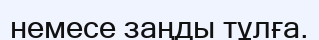
немесе заңды тұлға.